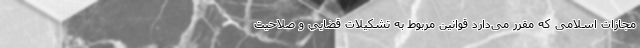
مجازات اسلامی که مقرر می‌دارد قوانين مربوط به تشكيلات قضايي و صلاحيت